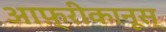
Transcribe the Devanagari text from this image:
आफ़्रीकानूस्